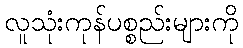
လူသုံးကုန်ပစ္စည်းများကို